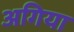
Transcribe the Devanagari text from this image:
अगिया